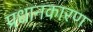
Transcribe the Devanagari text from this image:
प्रधानकारण